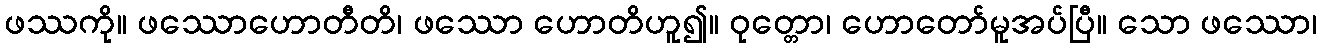
ဖဿကို။ ဖဿောဟောတီတိ၊ ဖဿော ဟောတိဟူ၍။ ဝုတ္တော၊ ဟောတော်မူအပ်ပြီ။ သော ဖဿော၊